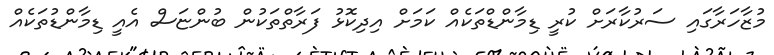
މުޒާހަރާގައި ސަރުކާރަށް ކުރީ ޑިމާންޑްތަކެއް ކަމަށް އިދިކޮޅު ފަރާތްތަކުން ބުންޏަސް އެއީ ޑިމާންޑުތަކެއް